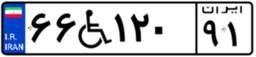
۶۶W۱۲۰۹۱